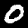
Label: 0